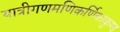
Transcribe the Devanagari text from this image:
यात्रीगणमणिकर्णिकाकुण्ड